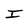
Character: I